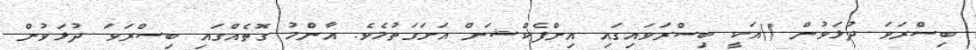
ބިސްރަވަ ދުޅަވުން ()އަކީ ބިސްރަވައިގައި އިންފެކްޝަން އަށަގަތުމެވެ. އާންމު ގޮތެއްގައި ބިސްރަވަ ދުޅަވުން